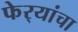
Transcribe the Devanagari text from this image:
फेर्‍यांचा